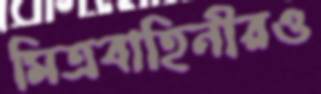
মিত্রবাহিনীরও